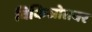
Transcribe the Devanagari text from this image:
विकिस्रोतवर